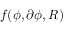
f ( \phi , \partial \phi , R )